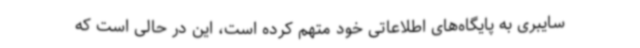
سایبری به پایگاه‌های اطلاعاتی خود متهم کرده است، این در حالی است که